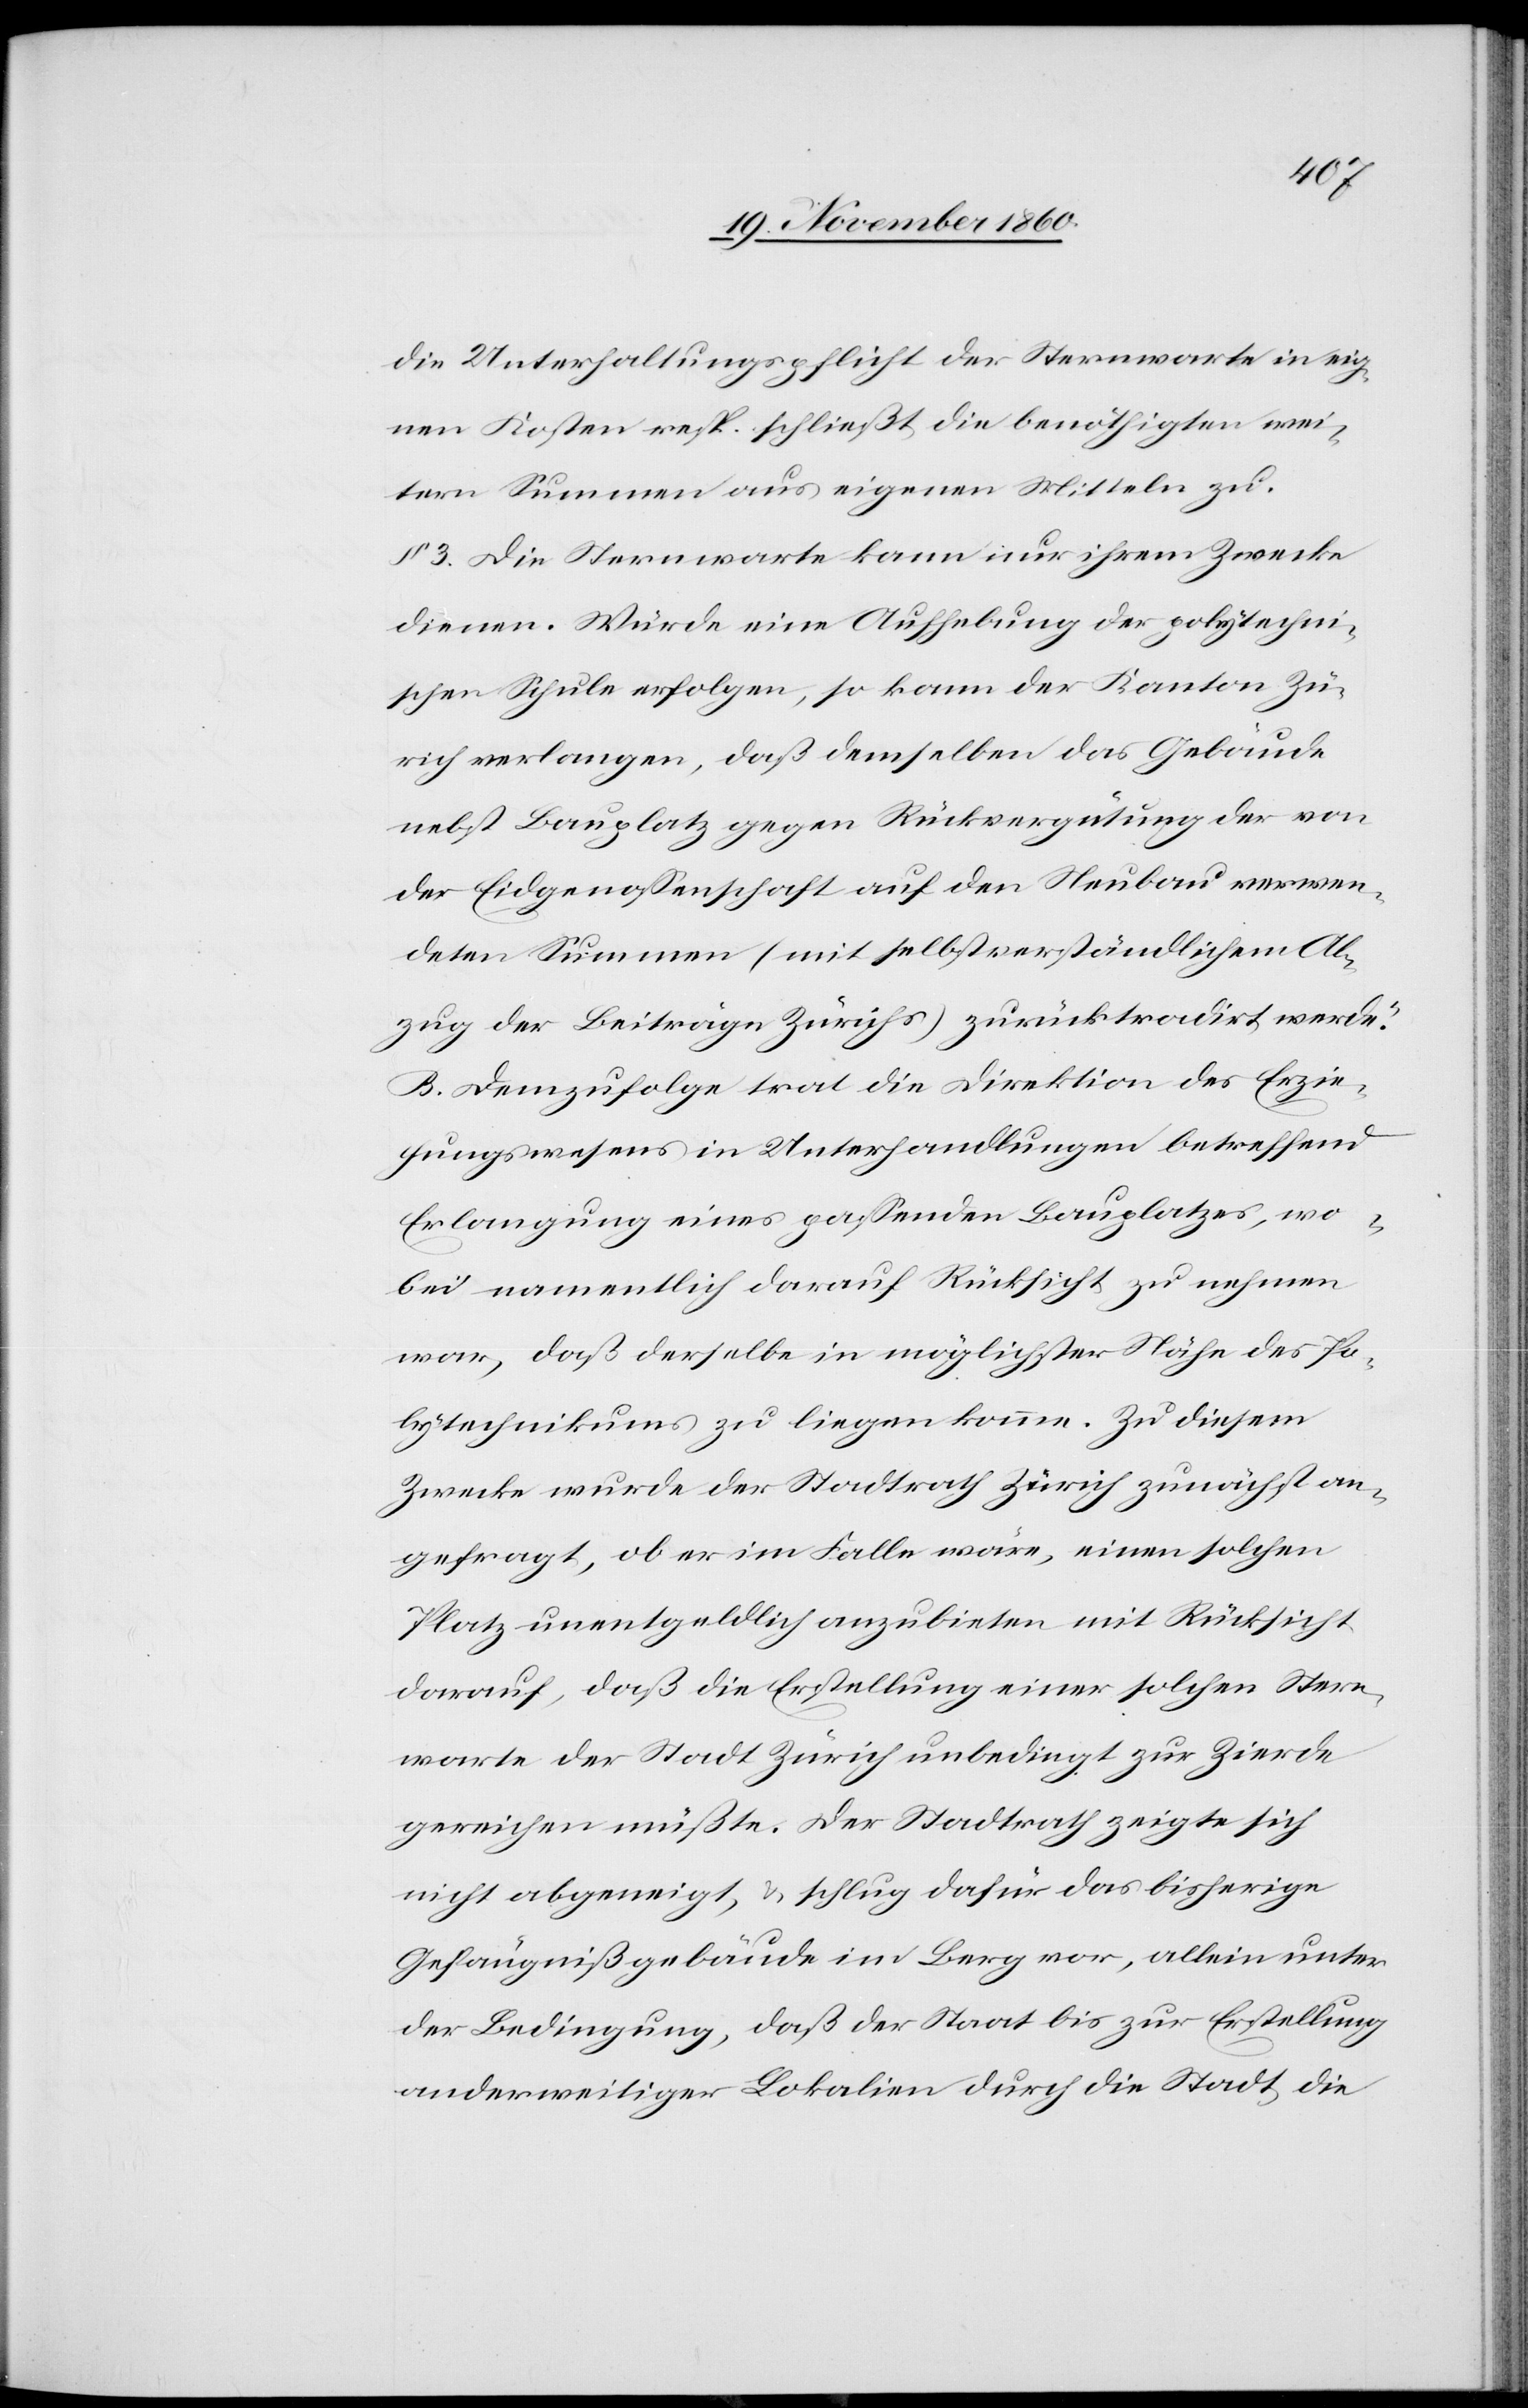
die Unterhaltungspflicht der Sternwarte in eig¬
nen Kosten resp. schließt die benöthigten Wei¬
tern Summen aus eigenen Mitteln zu.
§ 3. Die Sternwarte kann nur ihrem Zwecke
dienen. Würde eine Aufhebung der polytechni¬
schen Schule erfolgen, so kann der Kanton Zü¬
rich verlangen, daß demselben das Gebäude
nebst Bauplatz gegen Rückvergütung der von
der Eidgenossenschaft auf den Neubau verwen¬
deten Summen (mit selbstverständlichem Ab¬
zug der Beiträge Zürichs) zurücktradirt werde.“
B. Demzufolge trat die Direktion des Erzie¬
hungswesens in Unterhandlungen betreffend
Erlangung eines passenden Bauplatzes, wo¬
bei namentlich darauf Rücksicht zu nehmen
war, daß derselbe in möglichster Nähe des Po¬
lytechnikums zu liegen komme. Zu diesem
Zwecke wurde der Stadtrath Zürich zunächst an¬
gefragt, ob er im Falle wäre, einen solchen
Platz unentgeldlich anzubieten, mit Rücksicht
darauf, daß die Erstellung einer solchen Stern¬
warte der Stadt Zürich unbedingt zur Zierde
gereichen müßte. Der Stadtrath zeigte sich
nicht abgeneigt, u. schlug dafür das bisherige
Gefängnißgebäude im Berg vor, allein unter
der Bedingung, daß der Staat bis zur Erstellung
anderweitiger Lokalien durch die Stadt die